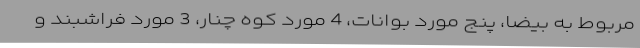
مربوط به بیضا، پنج مورد بوانات، 4 مورد کوه چنار، 3 مورد فراشبند و